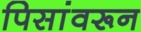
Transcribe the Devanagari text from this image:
पिसांवरून